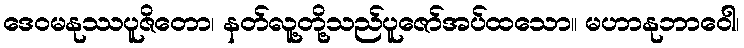
ဒေဝမနုဿပူဇိတော၊ နတ်လူ့တို့သည်ပူဇော်အပ်ထသော။ မဟာနုဘာဝေါ၊